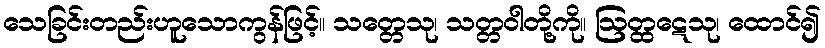
သေခြင်းတည်းဟူသောကွန်ဖြင့်။ သတ္တေသု၊ သတ္တဝါတို့ကို။ ဩတ္ထဋေသု၊ ထောင်၍